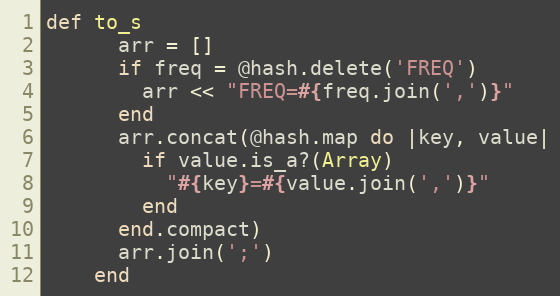
Language: Ruby
def to_s
      arr = []
      if freq = @hash.delete('FREQ')
        arr << "FREQ=#{freq.join(',')}"
      end
      arr.concat(@hash.map do |key, value|
        if value.is_a?(Array)
          "#{key}=#{value.join(',')}"
        end
      end.compact)
      arr.join(';')
    end